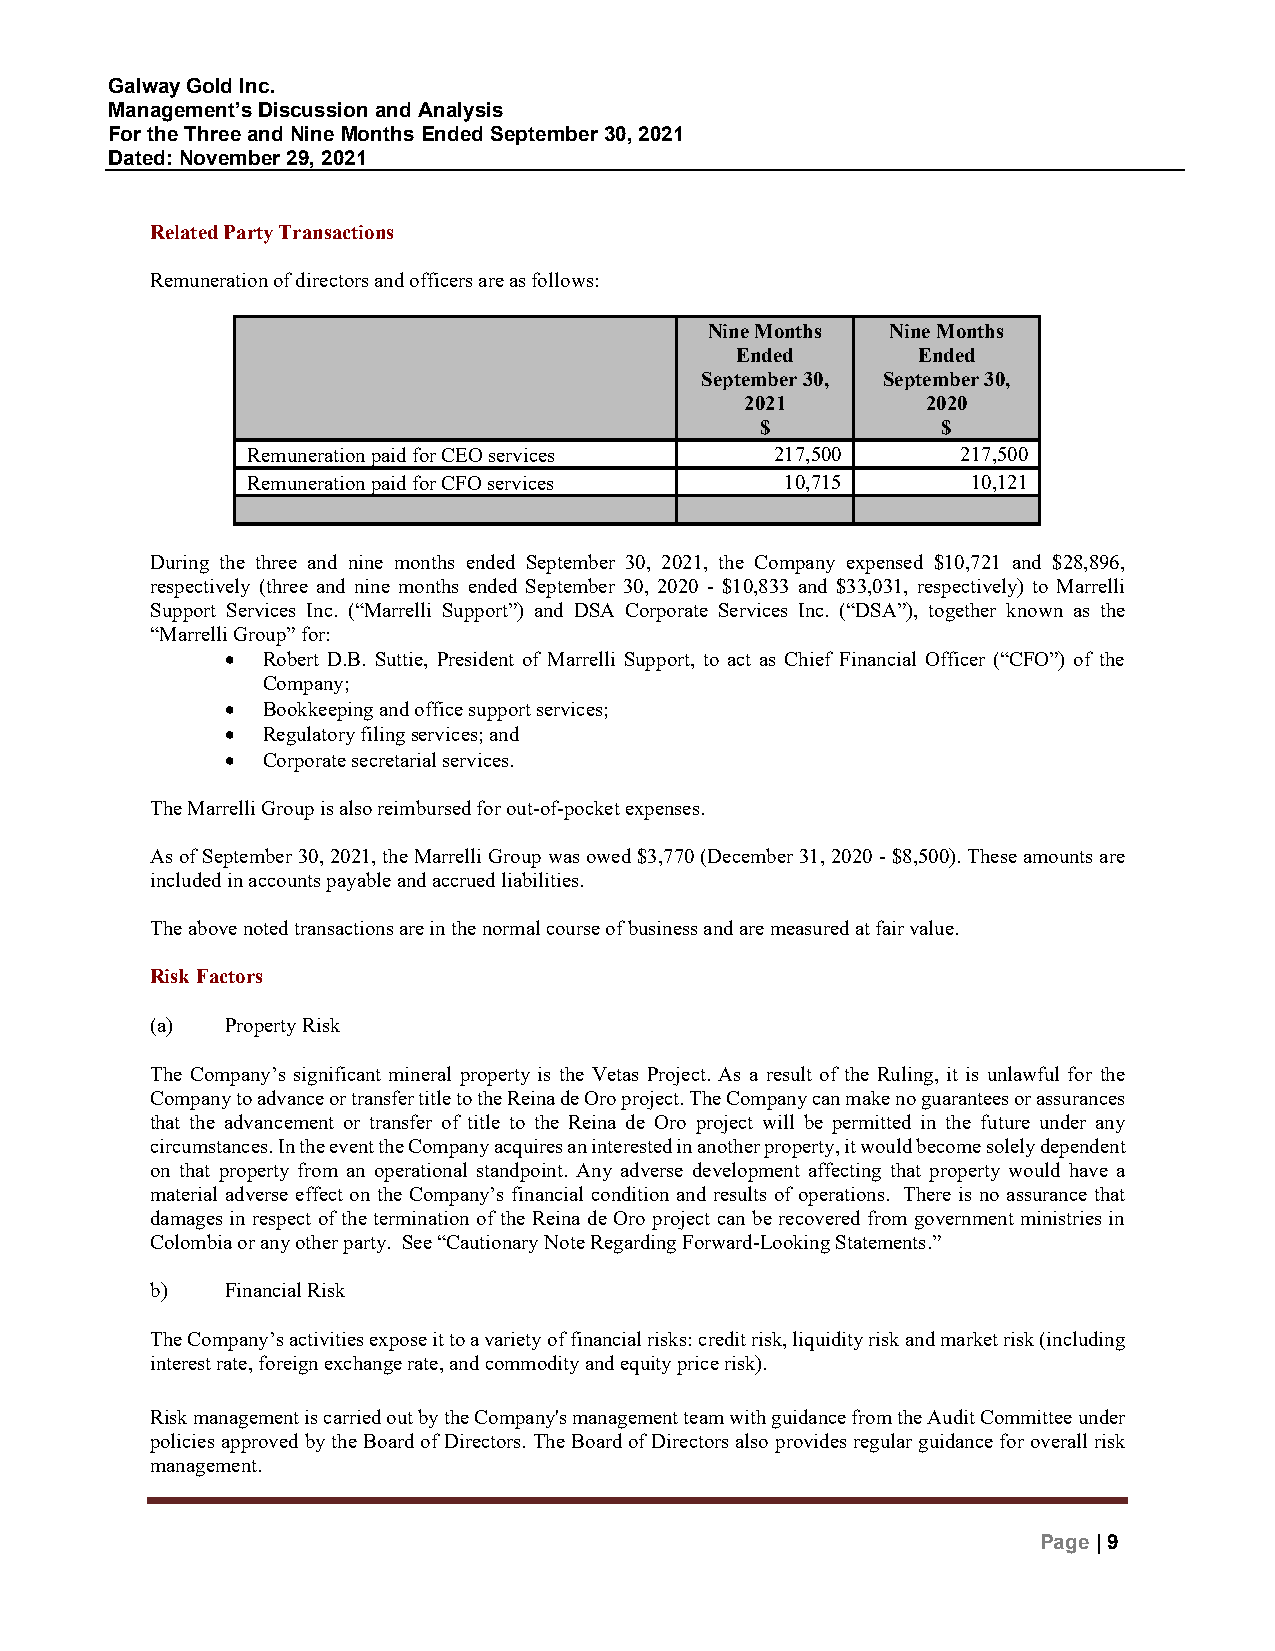
Galway Gold Inc.
 Management’s Discussion and Analysis
 For the Three and Nine Months Ended September 30, 2021
 Dated: November 29, 2021
 Related Party Transactions
 Remuneration of directors and officers are as follows:
 Nine Months Nine Months
 Ended       Ended
 September 30, September 30,
 2021        2020
 $           $
 Remuneration paid for CEO services 217,500      217,500
 Remuneration paid for CFO services  10,715      10,121
 During the three and nine months ended September 30, 2021, the Company expensed $10,721 and $28,896,
 respectively (three and nine months ended September 30, 2020 - $10,833 and $33,031, respectively) to Marrelli
 Support Services Inc. (“Marrelli Support”) and DSA Corporate Services Inc. (“DSA”), together known as the
 “Marrelli Group” for:
 • Robert D.B. Suttie, President of Marrelli Support, to act as Chief Financial Officer (“CFO”) of the
 Company;
 • Bookkeeping and office support services;
 • Regulatory filing services; and
 • Corporate secretarial services.
 The Marrelli Group is also reimbursed for out-of-pocket expenses.
 As of September 30, 2021, the Marrelli Group was owed $3,770 (December 31, 2020 - $8,500). These amounts are
 included in accounts payable and accrued liabilities.
 The above noted transactions are in the normal course of business and are measured at fair value.
 Risk Factors
 (a)  Property Risk
 The Company’s significant mineral property is the Vetas Project. As a result of the Ruling, it is unlawful for the
 Company to advance or transfer title to the Reina de Oro project. The Company can make no guarantees or assurances
 that the advancement or transfer of title to the Reina de Oro project will be permitted in the future under any
 circumstances. In the event the Company acquires an interested in another property, it would become solely dependent
 on that property from an operational standpoint. Any adverse development affecting that property would have a
 material adverse effect on the Company’s financial condition and results of operations. There is no assurance that
 damages in respect of the termination of the Reina de Oro project can be recovered from government ministries in
 Colombia or any other party. See “Cautionary Note Regarding Forward-Looking Statements.”
 b)   Financial Risk
 The Company’s activities expose it to a variety of financial risks: credit risk, liquidity risk and market risk (including
 interest rate, foreign exchange rate, and commodity and equity price risk).
 Risk management is carried out by the Company's management team with guidance from the Audit Committee under
 policies approved by the Board of Directors. The Board of Directors also provides regular guidance for overall risk
 management.
 Page | 9